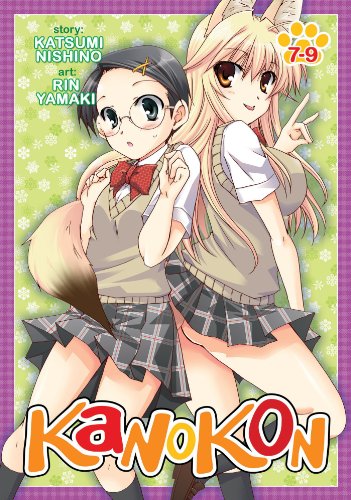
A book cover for Kanokon Omnibus 7-9; Kastumi Nishino; Comics & Graphic Novels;